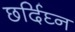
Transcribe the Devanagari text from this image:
छर्दिघ्न